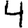
Digit: 4